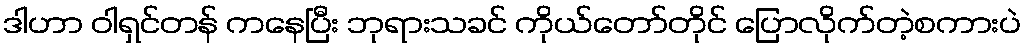
ဒါဟာ ဝါရှင်တန် ကနေပြီး ဘုရားသခင် ကိုယ်တော်တိုင် ပြောလိုက်တဲ့စကားပဲ